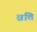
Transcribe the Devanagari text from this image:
व्रत्ति